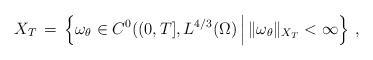
\begin{align*} X_T \,=\, \Bigl\{\omega_\theta \in C^0((0,T],L^{4/3}(\Omega)\,\Big|\, \|\omega_\theta\|_{X_T} < \infty\Bigr\}~,\end{align*}